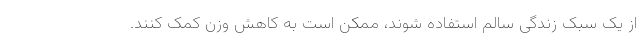
از یک سبک زندگی سالم استفاده شوند، ممکن است به کاهش وزن کمک کنند.